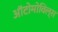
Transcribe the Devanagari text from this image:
ऑटोमोविल्स